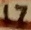
Text: 17